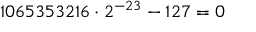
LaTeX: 1 0 6 5 3 5 3 2 1 6 \cdot 2 ^ { - 2 3 } - 1 2 7 = 0